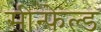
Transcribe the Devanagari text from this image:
सीन्फेल्ड